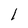
Character: 1